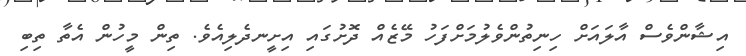
އިޝާންވެސް އާލައަށް ހިނިތުންވެލުމަށްފަހު މޭޒެއް ދޮށުގައި އިށީނދެލިއެވެ. ތިން މީހުން އެތާ ތިބި